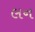
લન